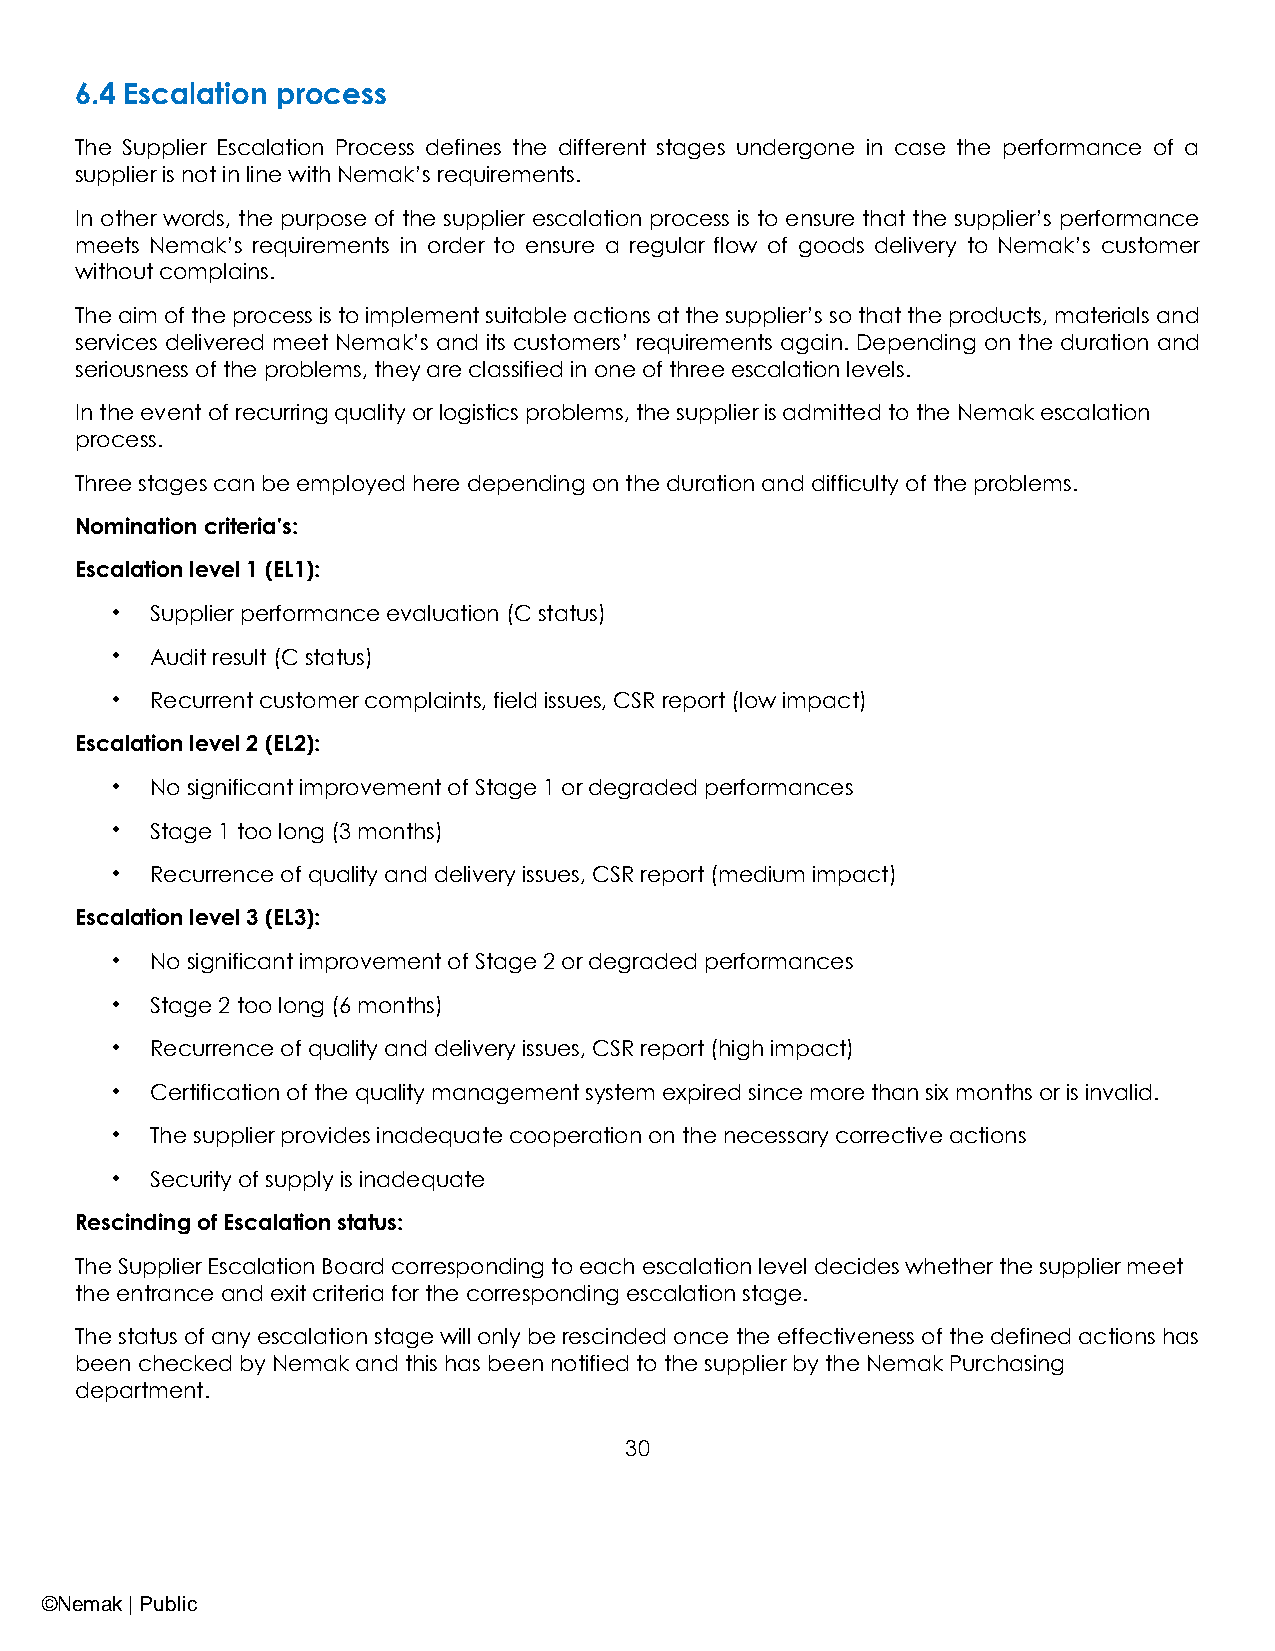
6.4 Escalation process
 The Supplier Escalation Process defines the different stages undergone in case the performance of a
 supplier is not in line with Nemak’s requirements.
 In other words, the purpose of the supplier escalation process is to ensure that the supplier’s performance
 meets Nemak’s requirements in order to ensure a regular flow of goods delivery to Nemak’s customer
 without complains.
 The aim of the process is to implement suitable actions at the supplier’s so that the products, materials and
 services delivered meet Nemak’s and its customers’ requirements again. Depending on the duration and
 seriousness of the problems, they are classified in one of three escalation levels.
 In the event of recurring quality or logistics problems, the supplier is admitted to the Nemak escalation
 process.
 Three stages can be employed here depending on the duration and difficulty of the problems.
 Nomination criteria's:
 Escalation level 1 (EL1):
 •  Supplier performance evaluation (C status)
 •  Audit result (C status)
 •  Recurrent customer complaints, field issues, CSR report (low impact)
 Escalation level 2 (EL2):
 •  No significant improvement of Stage 1 or degraded performances
 •  Stage 1 too long (3 months)
 •  Recurrence of quality and delivery issues, CSR report (medium impact)
 Escalation level 3 (EL3):
 •  No significant improvement of Stage 2 or degraded performances
 •  Stage 2 too long (6 months)
 •  Recurrence of quality and delivery issues, CSR report (high impact)
 •  Certification of the quality management system expired since more than six months or is invalid.
 •  The supplier provides inadequate cooperation on the necessary corrective actions
 •  Security of supply is inadequate
 Rescinding of Escalation status:
 The Supplier Escalation Board corresponding to each escalation level decides whether the supplier meet
 the entrance and exit criteria for the corresponding escalation stage.
 The status of any escalation stage will only be rescinded once the effectiveness of the defined actions has
 been checked by Nemak and this has been notified to the supplier by the Nemak Purchasing
 department.
 30
 ©Nemak | Public